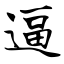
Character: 逼